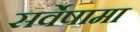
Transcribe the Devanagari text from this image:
सर्वेषामा